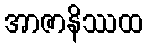
အာဇာနိဿထ